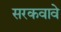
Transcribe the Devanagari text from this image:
सरकवावे